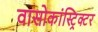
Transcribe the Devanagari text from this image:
वासोकांस्ट्रिक्टर